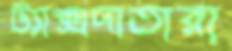
ট্যাক্সদাতারা